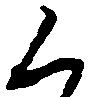
く